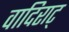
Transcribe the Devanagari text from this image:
वादिराट्